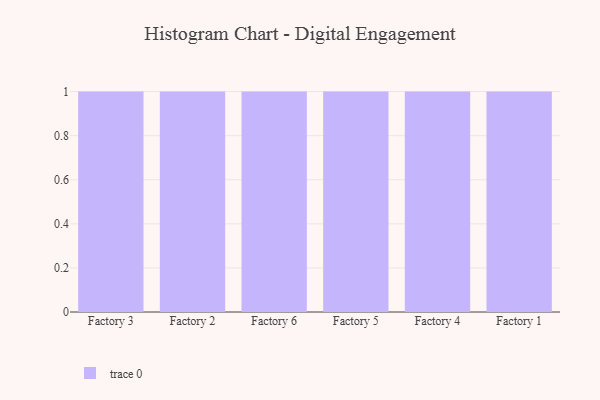
{"axis": {"x": "Factory", "y": "Humidity (%)"}, "legend": [""], "data": [{"x": "Factory 3", "y": 38, "type": ""}, {"x": "Factory 2", "y": 52, "type": ""}, {"x": "Factory 6", "y": 41, "type": ""}, {"x": "Factory 5", "y": 2, "type": ""}, {"x": "Factory 4", "y": 79, "type": ""}, {"x": "Factory 1", "y": 91, "type": ""}]}